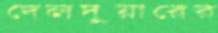
দেলদুয়ারের